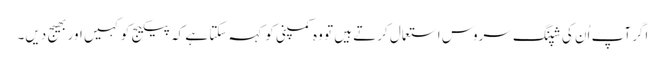
اگر آپ اُن کی شپنگ سروس استعمال کرتے ہیں تو وہ کمپنی کو کہہ سکتا ہے کہ پیکیج کو کہیں اور بھیج دیں۔